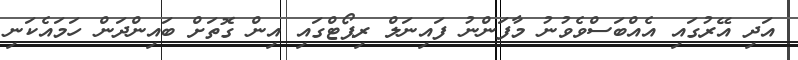
އަދި އޭރުގައި އެއްބަސްވެވުނު މާފަންނު ފައިނަލް ރިޕޯޓްގައި އިން ގޮތަށް ބައިންދަން ހަމައެކަނި